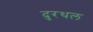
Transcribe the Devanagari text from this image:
दुरथल